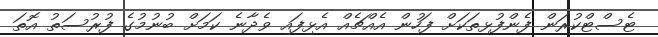
ޓެސްޓްކުރަން ފެންފުޅިތަކަށް ފަހުން އެއްޗެއް އެޅިފައި ވެދާނެ ކަމަށް ބުނުމުގެ ފުރުސަތު އޮތަ